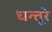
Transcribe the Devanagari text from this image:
धत्‍तूरे